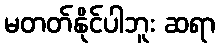
မတတ်နိုင်ပါဘူး ဆရာ